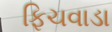
ફિચવાડા